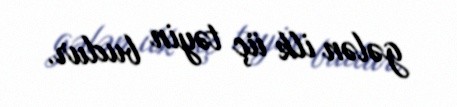
gələn ilk üç təyin budur.